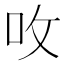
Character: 呚